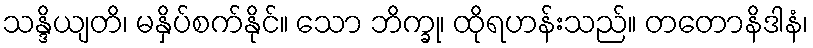
သန္ဒိယျတိ၊ မနှိပ်စက်နိုင်။ သော ဘိက္ခု၊ ထိုရဟန်းသည်။ တတောနိဒါနံ၊